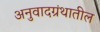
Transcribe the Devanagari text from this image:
अनुवादग्रंथातील